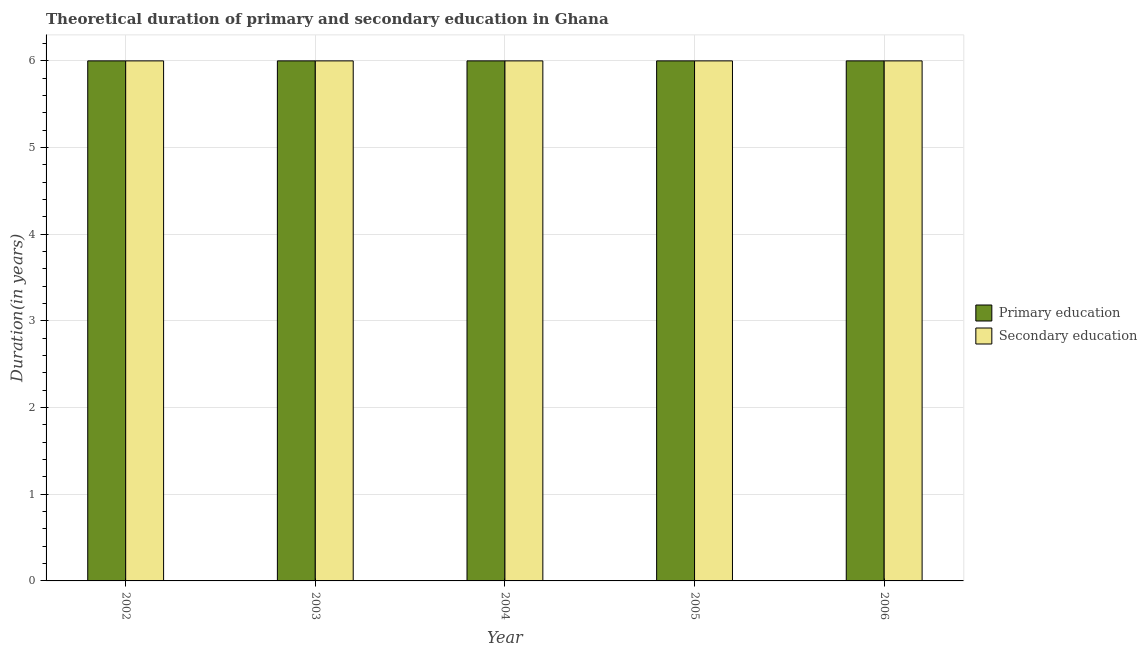
| Year | Primary education | Secondary education |
 | --- | --- | --- |
 | 2002 | 6 | 6 |
 | 2003 | 6 | 6 |
 | 2004 | 6 | 6 |
 | 2005 | 6 | 6 |
 | 2006 | 6 | 6 |